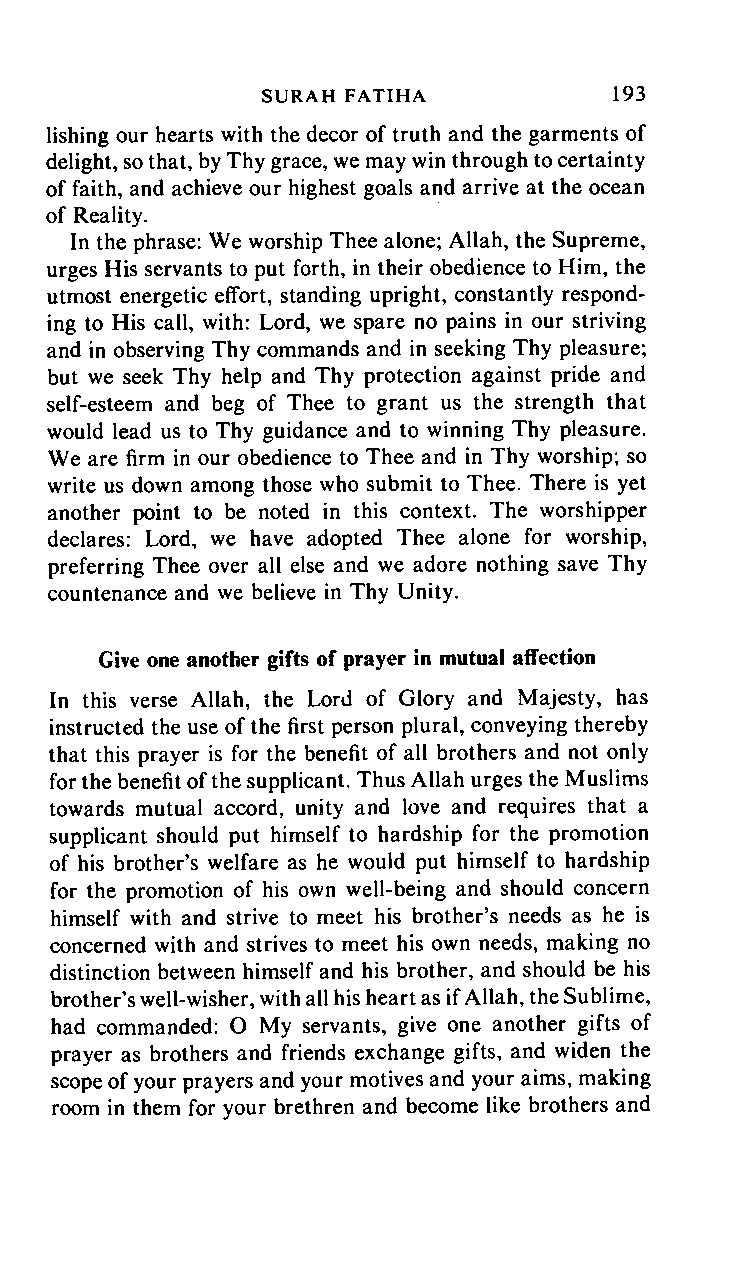
SURAH      FATIHA      193
 lishing our hearts with the decor of truth and the garments of
 delight, so that, by Thy grace, we may win through to certainty
 of faith, and achieve our highest goals and arrive at the ocean
 of Reality.
 In the phrase: We worship Thee alone; Allah, the Supreme,
 urges His servants to put forth, in their obedience to Him, the
 utmost energetic effort, standing upright, constantly respond
 ing to His call, with: Lord, we spare no pains in our striving
 and in observing Thy commands and in seeking Thy pleasure;
 but we seek Thy help and Thy protection against pride and
 self-esteem and beg of Thee to grant us the strength that
 would lead us to Thy guidance and to winning Thy pleasure.
 We are firm in our obedience to Thee and in Thy worship; so
 write us down among those who submit to Thee. There is yet
 another point to be noted in this context. The worshipper
 declares: Lord, we have adopted Thee alone for worship,
 preferring Thee over all else and we adore nothing save Thy
 countenance and we believe in Thy Unity.
 Give one another gifts of prayer in mutual affection
 In this verse Allah, the Lord of Glory and Majesty, has
 instructed the use of the first person plural, conveying thereby
 that this prayer is for the benefit of all brothers and not only
 for the benefit of the supplicant. Thus Allah urges the Muslims
 towards mutual accord, unity and love and requires that a
 supplicant should put himself to hardship for the promotion
 of his brother's welfare as he would put himself to hardship
 for the promotion of his own well-being and should concern
 himself with and strive to meet his brother's needs as he is
 concerned with and strives to meet his own needs, making no
 distinction between himself and his brother, and should be his
 brother's well-wisher, with all his heart as if Allah, the Sublime,
 had commanded: O My servants, give one another gifts of
 prayer as brothers and friends exchange gifts, and widen the
 scope of your prayers and your motives and your aims, making
 room in them for your brethren and become like brothers and